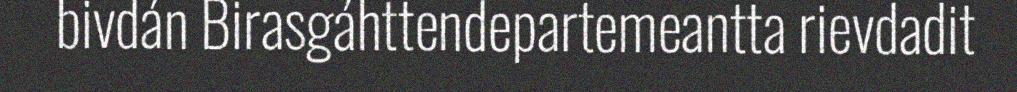
bivdán Birasgáhttendepartemeantta rievdadit